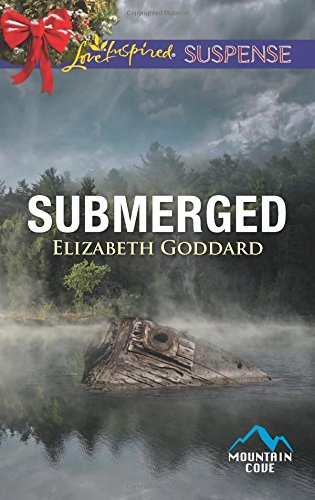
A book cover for Submerged (Mountain Cove); Elizabeth Goddard; Romance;